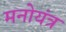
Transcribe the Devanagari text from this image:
मनोयंत्र